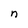
Character: n